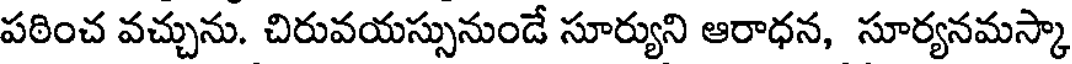
పఠించ వచ్చును. చిరువయస్సునుండే సూర్యుని ఆరాధన, సూర్యనమస్కా